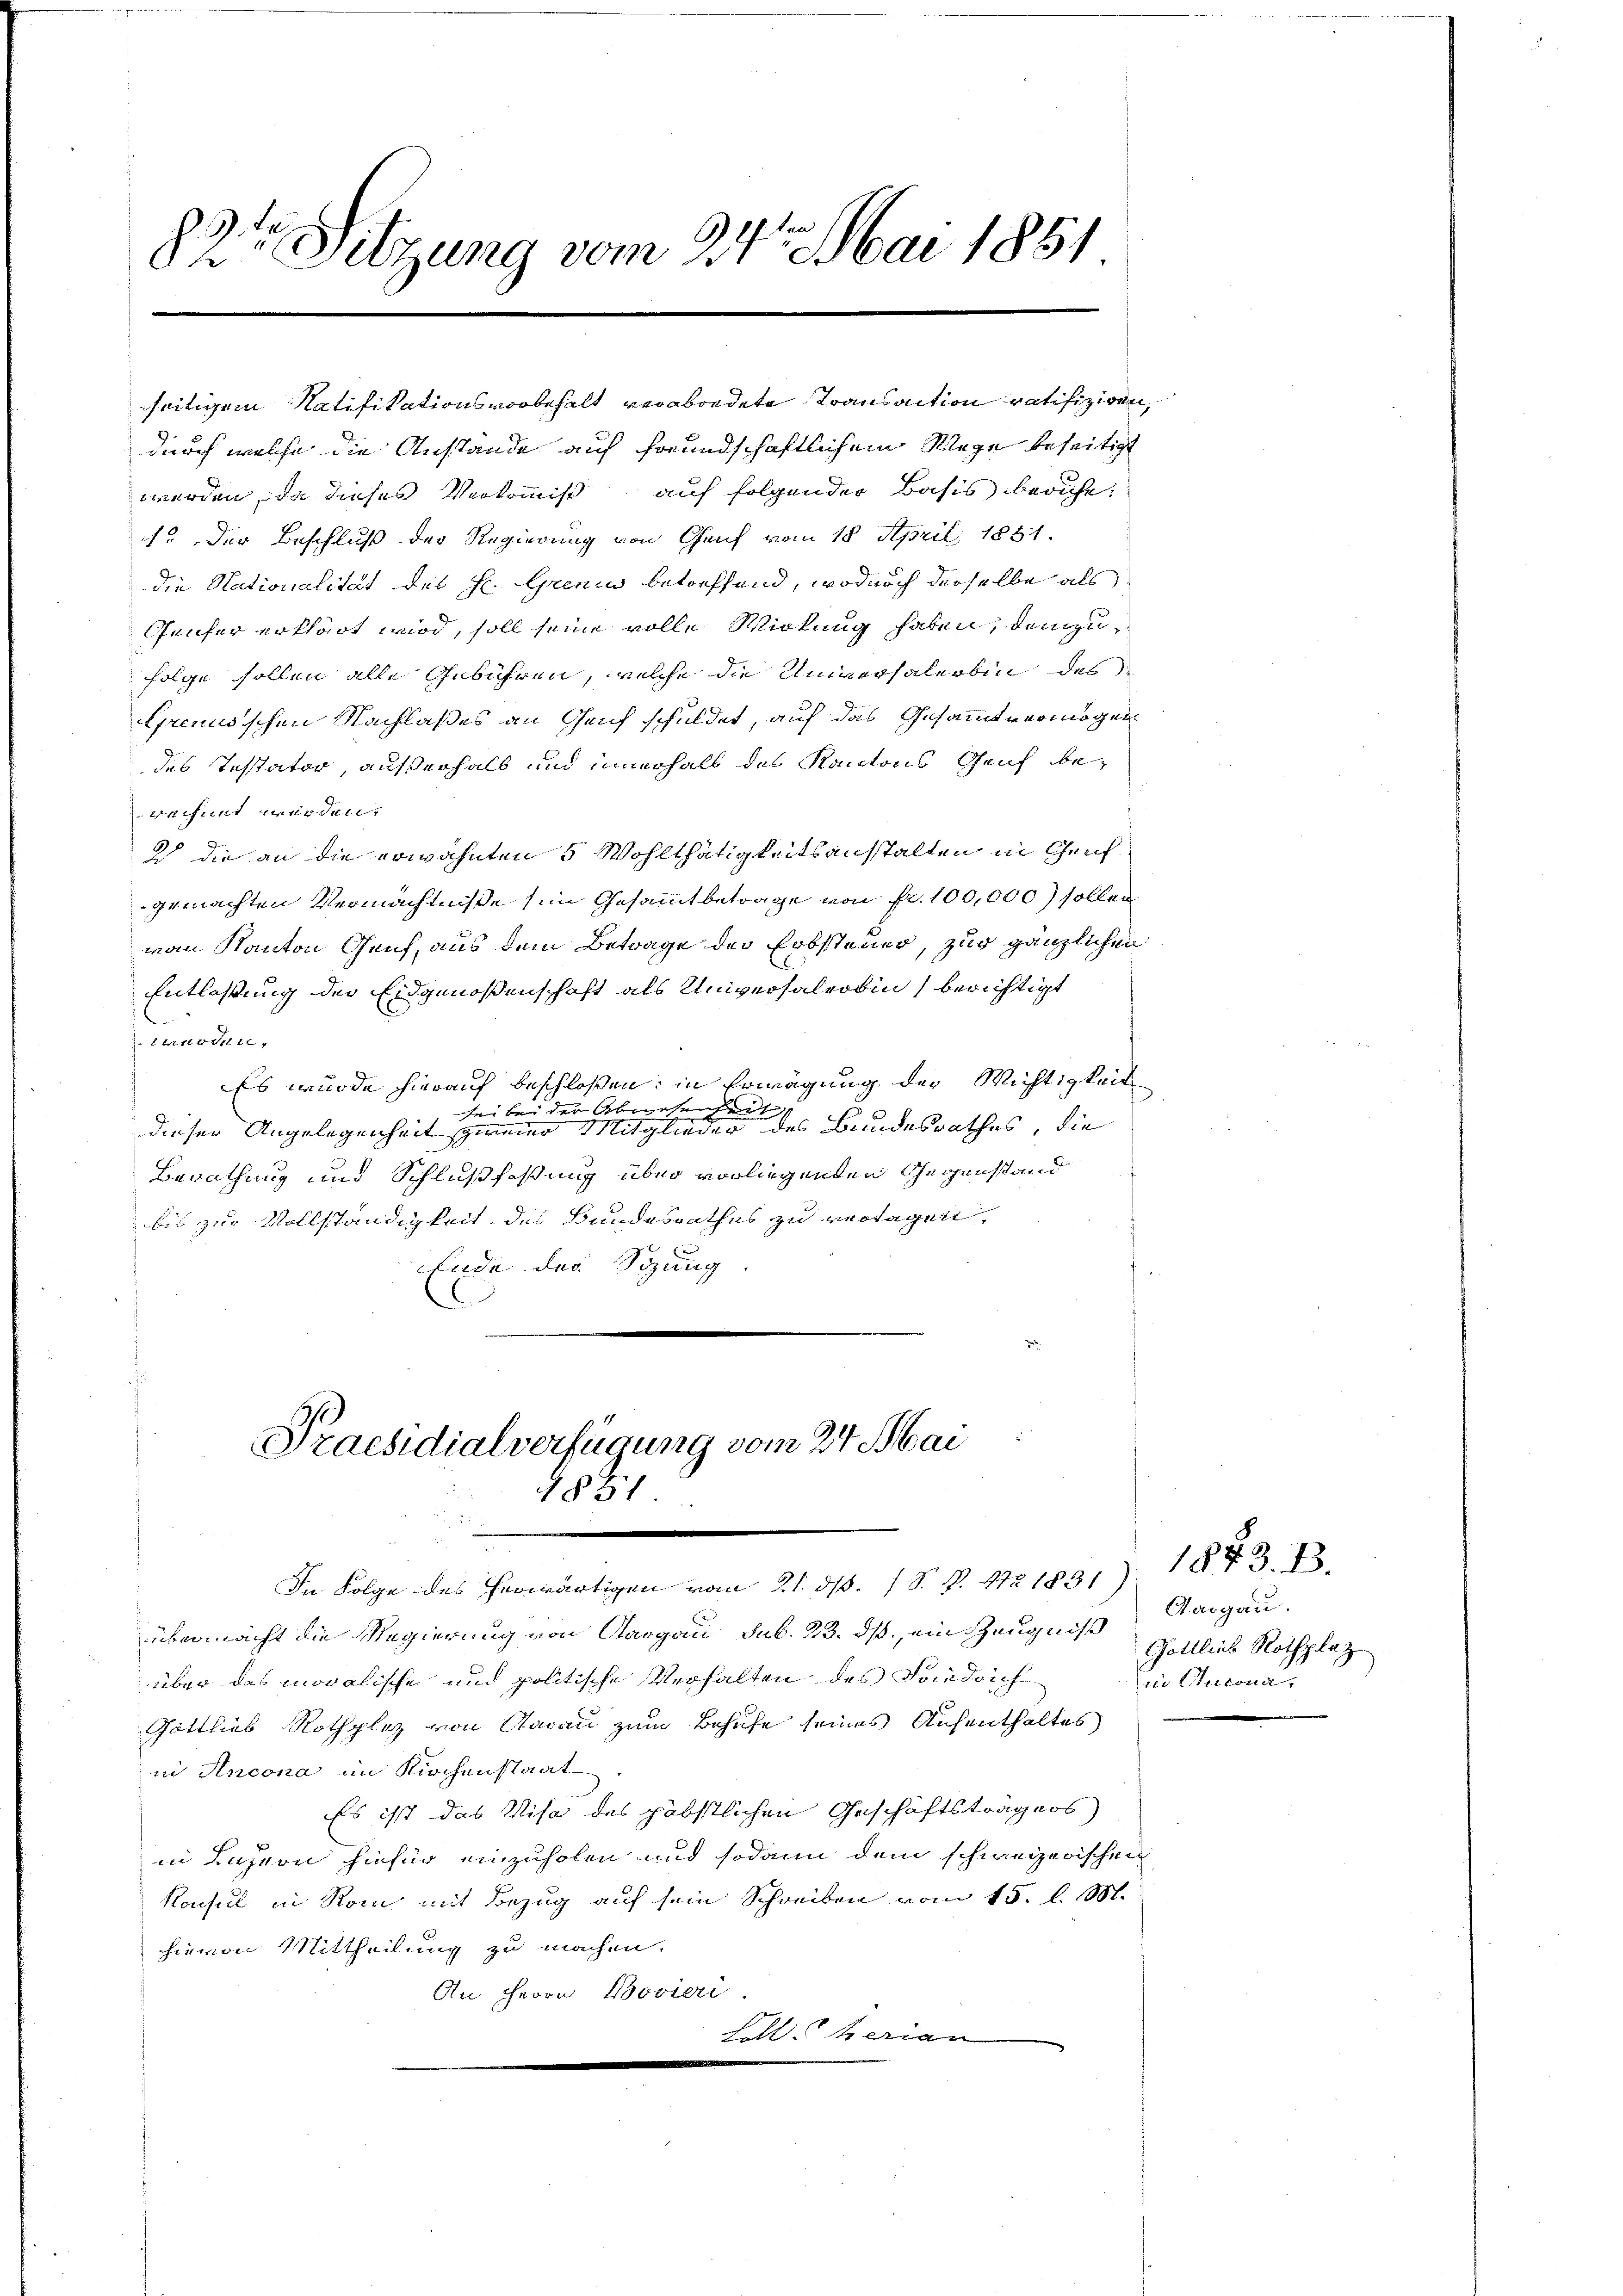
82te Sitzung vom 24. Mai 1851

1. Der Beschluß der Regierung von Genf vom 18. April 1881
die Nationalität des H. Grenen betreffend, wodurch derselbe als
Geicher erklärt wird, soll seine volle Wirkung haben, demzufolge sollen alle Gebühren, welche die Universalerbin des
Genusschen Nachlaßes an Genf schuldet, auf das Gesammtvermögen
des Testator, außerhalb und innerhalb des Kantons Genf bewechnet werden,
ich die an die erwähnten 5 Wohlthätigkeitsanstalten in Genf
gemachten Vermächtniße in Gesammtbetrage von Fr. 100,000) sollen
von Kanton Genf, aus dem Betrage der Erbsteuer, zur gänzlichen
Entlassung der Eidgenoßenschaft als Universalerbin berichtigt
Einvent
Es wurde hierauf beschloßen: in Erwägung der Wichtigkeit
sei bei der Abwesenheit
dieser Angelegenheit zweier Mitglieder des Bundesrathes, die
Berathung und Schlußfassung über vorliegenden Gegenstand
bis zur Vollständigkeit des Bundesrathes zu vertagen
Ende der Stung.
Praesidialverfügung vom 24. Mai
1851
In Folge des herwärtigen vom 21. d. 1 S. P. 1721831)
übermacht die Regierung von Aargau sub. 23. ds, ein Zeugniß
über das moralische und politische Verhalten des Friedrich
Göttlieb Rothplaz von Aarau zum Behufe seines Aufenthaltes
in Ancona im Kirchenstaat
Es ist das Visa des päbstlichen Geschäftsträgers
in Luzern hiefür einzuholen und sodann dem schweizerischen
Konsul in Rom mit Bezug auf sein Schreiben vom 15. l. 1881.
hievon Mittheilung zu machen,
An Herrn Bovieri
Folleterian

seitigem Ratifikationsvorbehalt verabredete Transaction ratifiziren,
durch welche die Anstande auf freundschaftlichem Wege beseitigt
werden, da dieses Verkommiß auf folgender Basis beruhe.

1873. B.
Aargau.
Gottlieb Rothplat
iin Oecona,